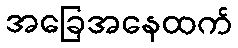
အခြေအနေထက်